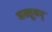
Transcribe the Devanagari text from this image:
वस्तूवर्